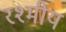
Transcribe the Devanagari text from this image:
रश्मीय